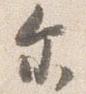
尓